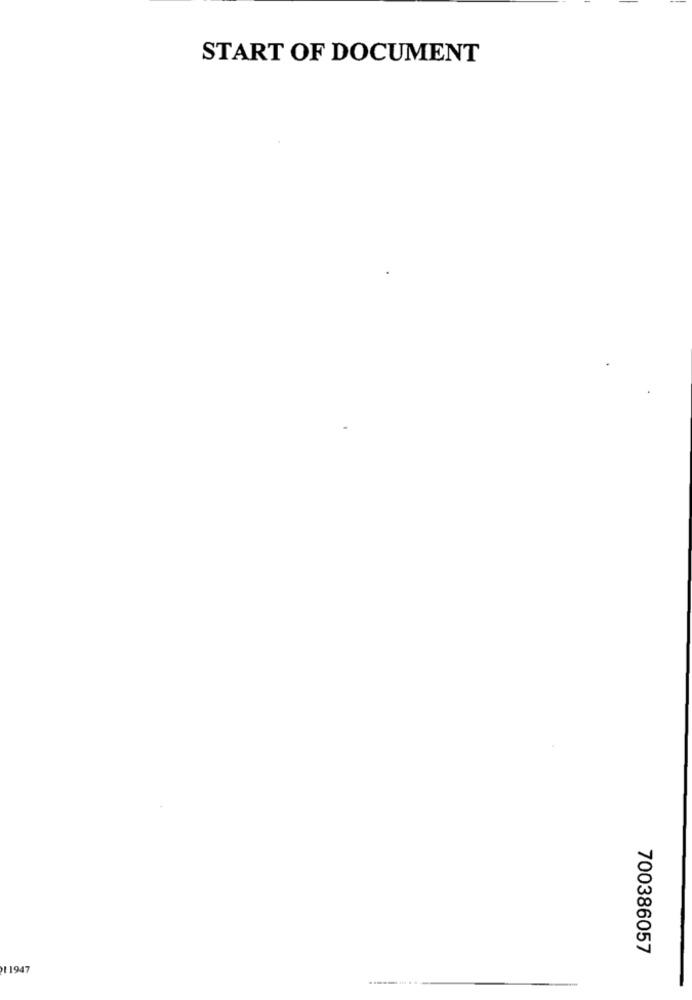
START OF DOCUMENT
700386057
1 1947
......... ..